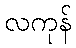
လကုန်